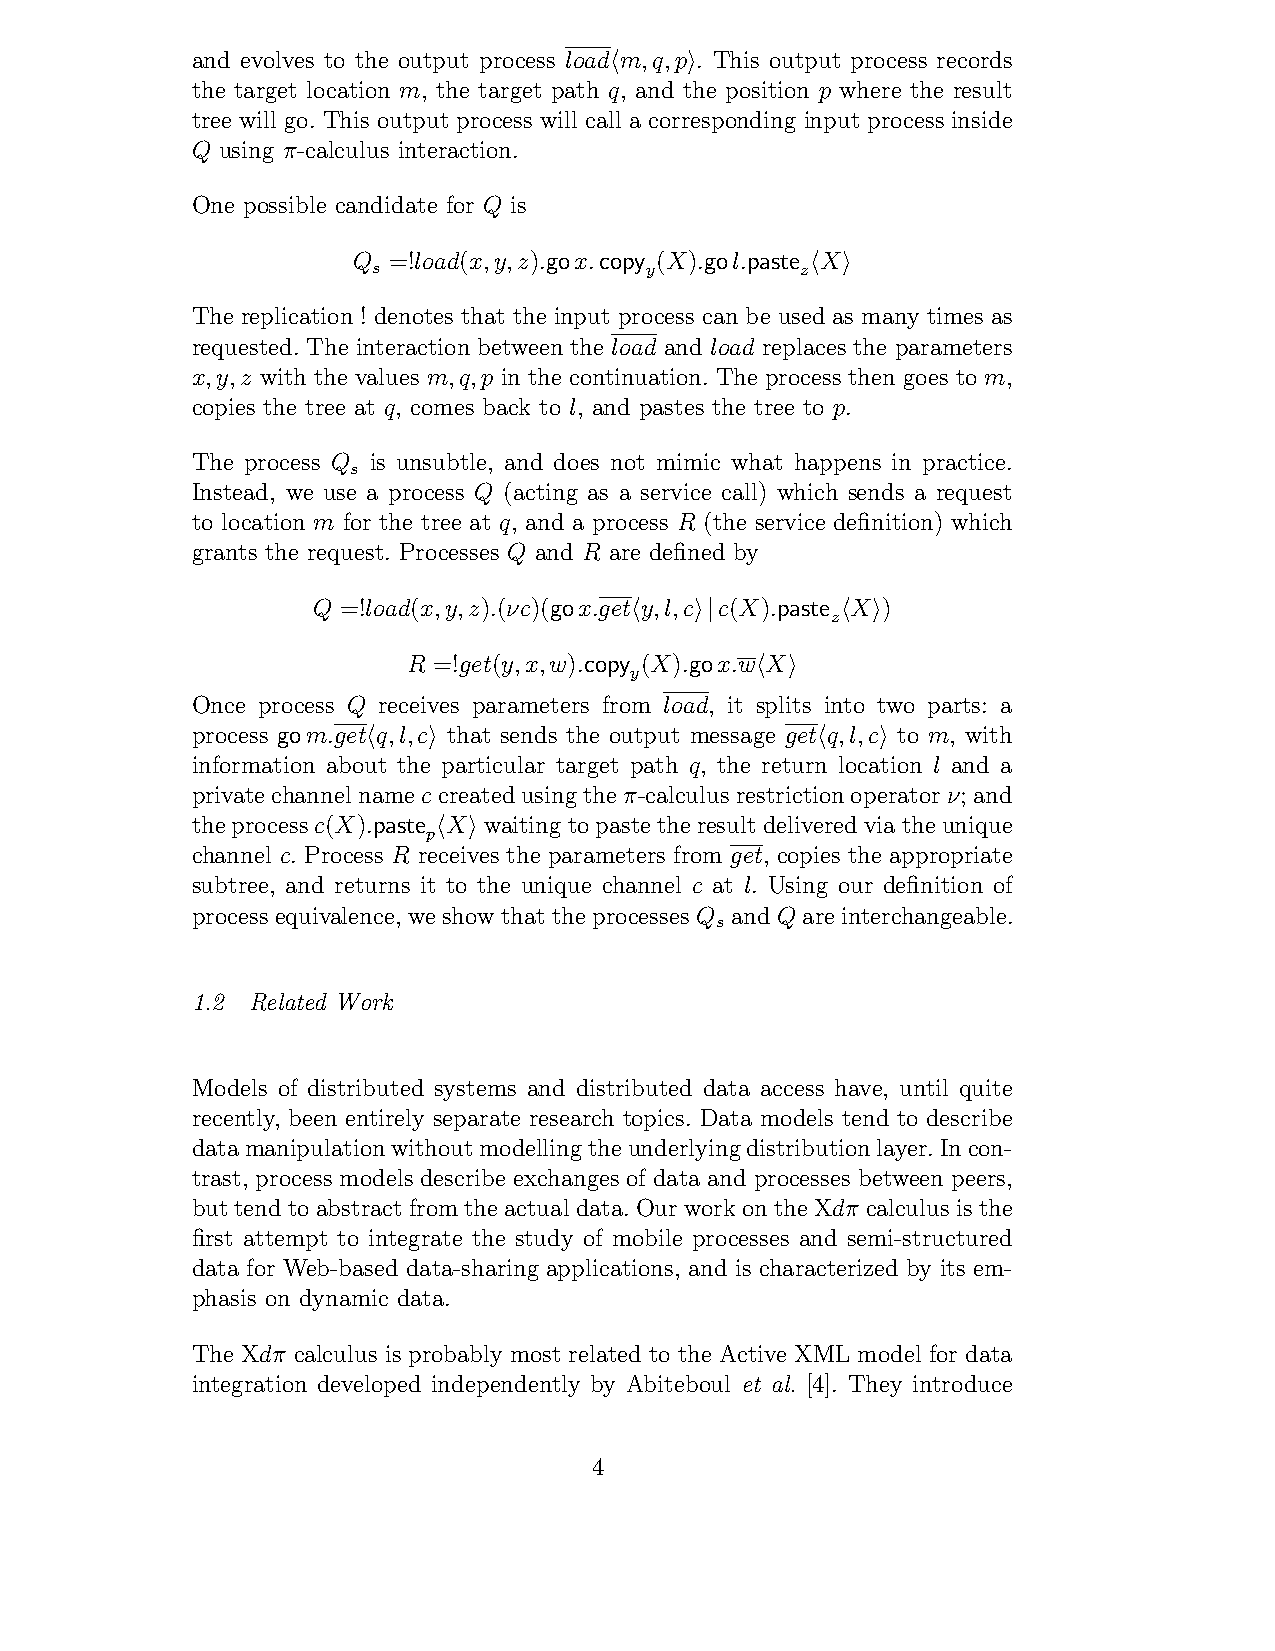
and evolves to the output process load m,q,p . This output process records
 !    "
 the target location m, the target path q, and the position p where the result
 tree will go. This output process will call a corresponding input process inside
 Q using π-calculus interaction.
 One possible candidate for Q is
 Q  =!load(x,y,z).gox.copy (X).gol.paste X
 s                 y         z! "
 The replication ! denotes that the input process can be used as many times as
 requested. The interaction between the load and load replaces the parameters
 x,y,z with the values m,q,p in the continuation. The process then goes to m,
 copies the tree at q, comes back to l, and pastes the tree to p.
 The process Q is unsubtle, and does not mimic what happens in practice.
 s
 Instead, we use a process Q (acting as a service call) which sends a request
 to location m for the tree at q, and a process R (the service definition) which
 grants the request. Processes Q and R are defined by
 Q =!load(x,y,z).(νc)(gox.get y,l,c c(X).paste X )
 !   "|       z! "
 R =!get(y,x,w).copy (X).gox.w X
 y       ! "
 Once process Q receives parameters from load, it splits into two parts: a
 process gom.get q,l,c that sends the output message get q,l,c to m, with
 !   "                         !   "
 information about the particular target path q, the return location l and a
 privatechannelnameccreatedusingtheπ-calculusrestrictionoperatorν;and
 theprocessc(X).paste X waitingtopastetheresultdeliveredviatheunique
 p! "
 channel c. Process R receives the parameters from get, copies the appropriate
 subtree, and returns it to the unique channel c at l. Using our definition of
 process equivalence,we show that the processes Q and Q are interchangeable.
 s
 1.2 Related Work
 Models of distributed systems and distributed data access have, until quite
 recently, been entirely separate research topics. Data models tend to describe
 datamanipulationwithoutmodellingtheunderlyingdistributionlayer.Incon-
 trast, process models describe exchanges of data and processes between peers,
 buttendtoabstractfromtheactualdata.OurworkontheXdπ calculusisthe
 first attempt to integrate the study of mobile processes and semi-structured
 data for Web-based data-sharing applications, and is characterized by its em-
 phasis on dynamic data.
 The Xdπ calculus is probably most related to the Active XML model for data
 integration developed independently by Abiteboul et al. [4]. They introduce
 4